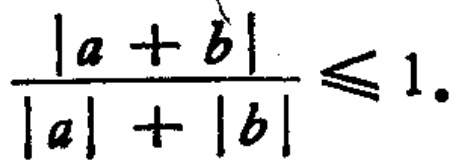
\frac{|a + b|}{|a| + |b|} \leq 1.